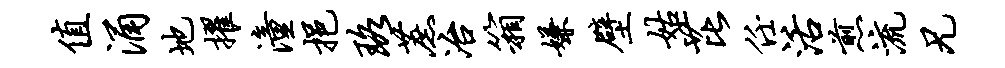
值涌地擢潼挹珞蔗冶箱嫌壁姑芘任活煎流兄